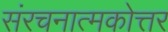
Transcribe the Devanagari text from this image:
संरचनात्मकोत्तर